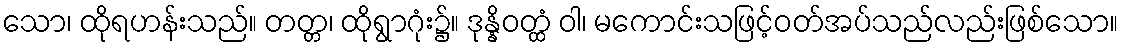
သော၊ ထိုရဟန်းသည်။ တတ္တ၊ ထိုရွာဂုံး၌။ ဒုန္နိဝတ္ထံ ဝါ၊ မကောင်းသဖြင့်ဝတ်အပ်သည်လည်းဖြစ်သော။